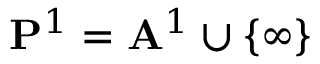
\mathbf { P } ^ { 1 } = \mathbf { A } ^ { 1 } \cup \{ \infty \}